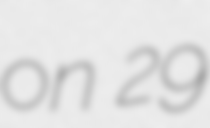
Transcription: on 29